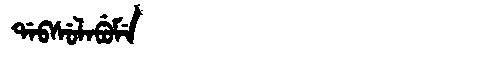
Manchu: ᡩᠠᠪᠰᡠᠯᠠᠪᡠᠮᡝ
Romanization: DABSULABUME